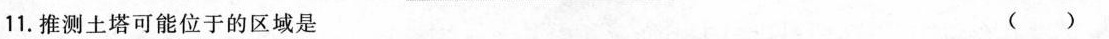
11.推测土塔可能位于的区域是 ( )